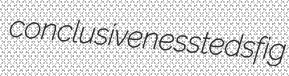
conclusiveness teds fig